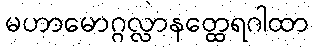
မဟာမောဂ္ဂလ္လာနတ္ထေရဂါထာ